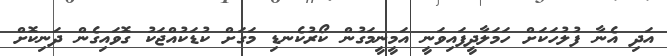
އަދި އެނާ ފުލުހަކަށް ހަމަލާދީފައިވަނީ އަމީނީމަގުން ކޯރުކެނޑި މަގަށް ކުޑަކުއްޖަކު ގޮވައިގެން ދަނިކޮށް